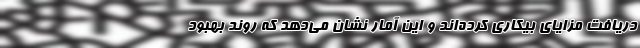
دریافت مزایای بیکاری کرده‌اند و این آمار نشان می‌دهد که روند بهبود